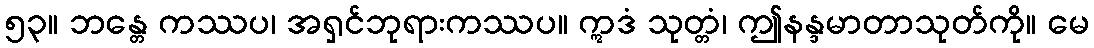
၅၃။ ဘန္တေ ကဿပ၊ အရှင်ဘုရားကဿပ။ ဣဒံ သုတ္တံ၊ ဤနန္ဒမာတာသုတ်ကို။ မေ